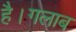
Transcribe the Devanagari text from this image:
है।गलाब